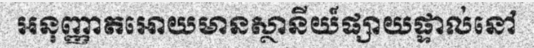
អនុញ្ញាតអោយមានស្ថានីយ៍ផ្សាយផ្ទាល់នៅ